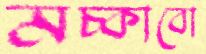
মচ্‌কাবো